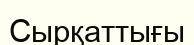
Сырқаттығы